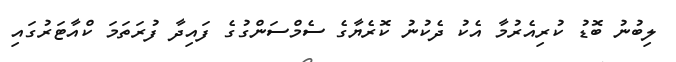
ލިބުނު ބޮޑު ކުރިއެރުމާ އެކު ދެކުނު ކޮރެޔާގެ ސެމްސަންގުގެ ފައިދާ ފުރަތަމަ ކްއާޓަރުގައި